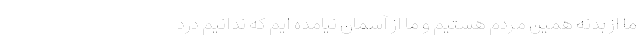
ما از بدنه همین مردم هستیم و ما از آسمان نیامده ایم که ندانیم درد